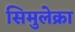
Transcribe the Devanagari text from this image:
सिमुलेक्रा